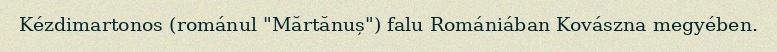
Kézdimartonos (románul "Mărtănuș") falu Romániában Kovászna megyében.